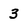
Character: 3